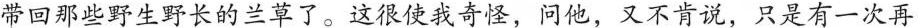
带回那些野生野长的兰草了。这很使我寄怪，问他，又不肯说，只是有一次再